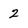
Character: 2